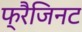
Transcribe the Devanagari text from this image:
फ्रैजिनट